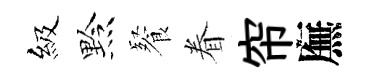
級黔餐眷帘廡